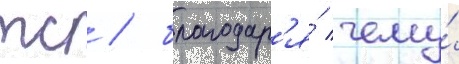
тс / благодар'я́ чему́